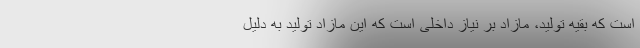
است که بقیه تولید، مازاد بر نیاز داخلی است که این مازاد تولید به دلیل